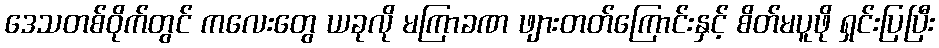
ဒေသတစ်ဝိုက်တွင် ကလေးတွေ ယခုလို မကြာခဏ ဖျားတတ်ကြောင်းနှင့် စိတ်မပူဖို ရှင်းပြပြီး